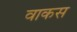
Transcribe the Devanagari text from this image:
वाकस